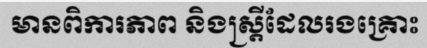
មានពិការភាព និងស្ត្រីដែលរងគ្រោះ